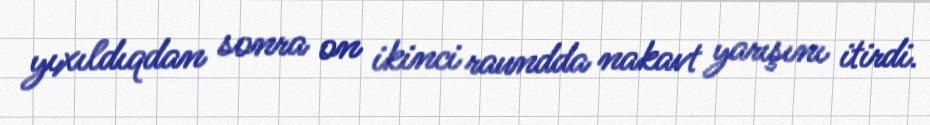
yıxıldıqdan sonra on ikinci raundda nakavt yarışını itirdi.